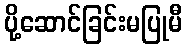
ပို့ဆောင်ခြင်းမပြုမီ